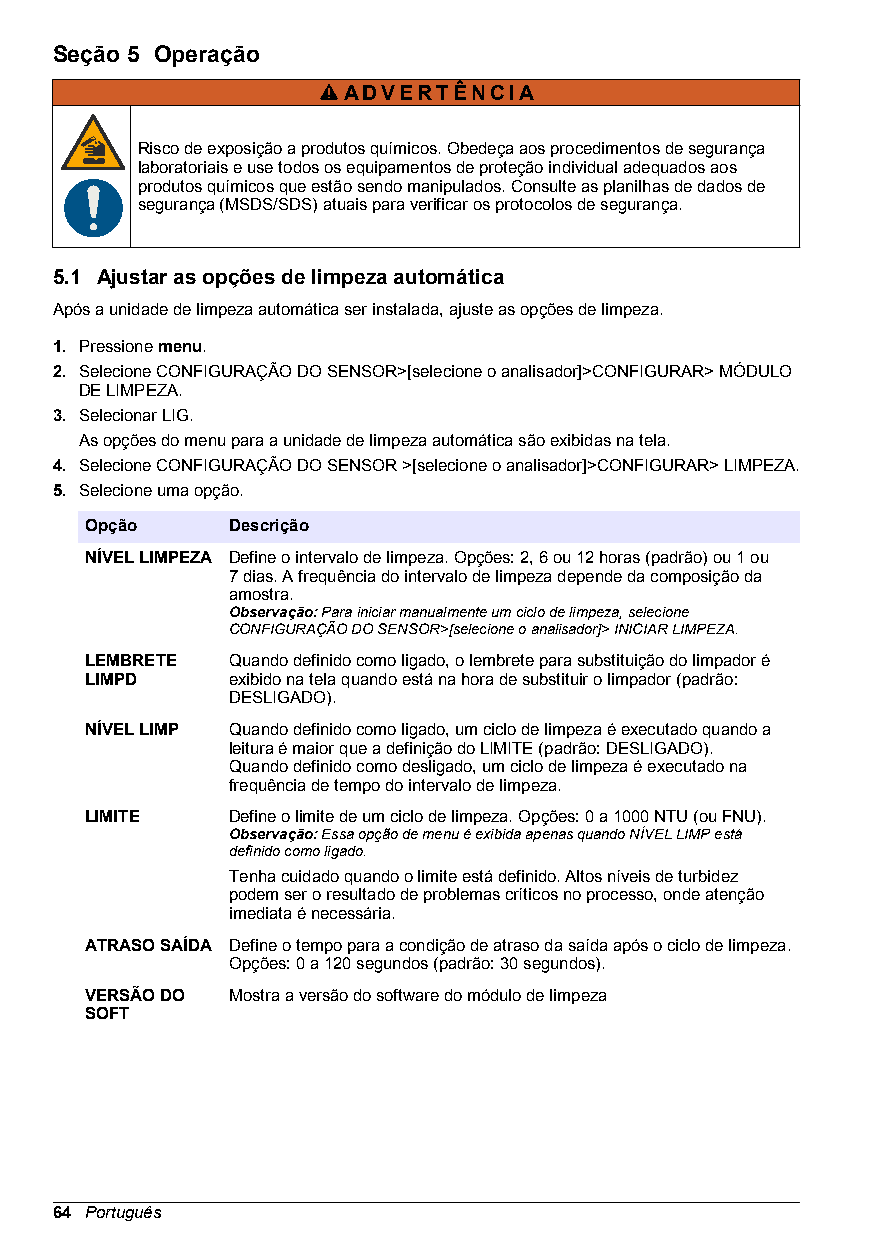
Seção 5 Operação
 ADVERTÊNCIA
 Risco de exposição a produtos químicos. Obedeça aos procedimentos de segurança
 laboratoriais e use todos os equipamentos de proteção individual adequados aos
 produtos químicos que estão sendo manipulados. Consulte as planilhas de dados de
 segurança (MSDS/SDS) atuais para verificar os protocolos de segurança.
 5.1 Ajustar as opções de limpeza automática
 Após a unidade de limpeza automática ser instalada, ajuste as opções de limpeza.
 1. Pressione menu.
 2. Selecione CONFIGURAÇÃO DO SENSOR>[selecione o analisador]>CONFIGURAR> MÓDULO
 DE LIMPEZA.
 3. Selecionar LIG.
 As opções do menu para a unidade de limpeza automática são exibidas na tela.
 4. Selecione CONFIGURAÇÃO DO SENSOR >[selecione o analisador]>CONFIGURAR> LIMPEZA.
 5. Selecione uma opção.
 Opção    Descrição
 NÍVEL LIMPEZA Define o intervalo de limpeza. Opções: 2, 6 ou 12 horas (padrão) ou 1 ou
 7 dias. A frequência do intervalo de limpeza depende da composição da
 amostra.
 Observação: Para iniciar manualmente um ciclo de limpeza, selecione
 CONFIGURAÇÃO DO SENSOR>[selecione o analisador]> INICIAR LIMPEZA.
 LEMBRETE Quando definido como ligado, o lembrete para substituição do limpador é
 LIMPD    exibido na tela quando está na hora de substituir o limpador (padrão:
 DESLIGADO).
 NÍVEL LIMP Quando definido como ligado, um ciclo de limpeza é executado quando a
 leitura é maior que a definição do LIMITE (padrão: DESLIGADO).
 Quando definido como desligado, um ciclo de limpeza é executado na
 frequência de tempo do intervalo de limpeza.
 LIMITE   Define o limite de um ciclo de limpeza. Opções: 0 a 1000 NTU (ou FNU).
 Observação: Essa opção de menu é exibida apenas quando NÍVEL LIMP está
 definido como ligado.
 Tenha cuidado quando o limite está definido. Altos níveis de turbidez
 podem ser o resultado de problemas críticos no processo, onde atenção
 imediata é necessária.
 ATRASO SAÍDA Define o tempo para a condição de atraso da saída após o ciclo de limpeza.
 Opções: 0 a 120 segundos (padrão: 30 segundos).
 VERSÃO DO Mostra a versão do software do módulo de limpeza
 SOFT
 64 Português